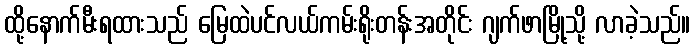
ထို့နောက်မီးရထားသည် မြေထဲပင်လယ်ကမ်းရိုးတန်းအတိုင်း ဂျက်ဖာမြို့သို့ လာခဲ့သည်။